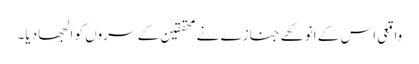
واقعی اس کے انوکھے جنازے نے محققین کے سروں کو الجھا دیا۔